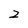
Character: 2